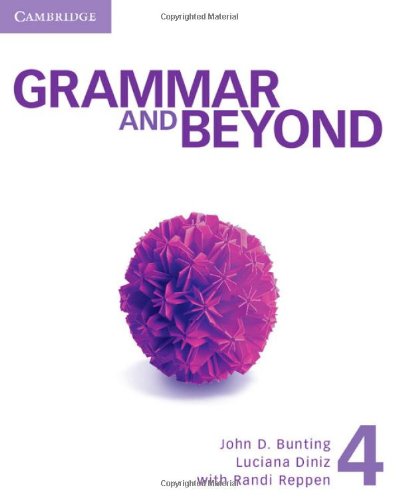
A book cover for Grammar and Beyond Level 4 Student's Book; John D. Bunting; Reference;